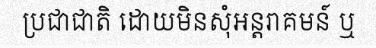
ប្រជាជាតិ ដោយមិនសុំអន្តរាគមន៍ ឬ